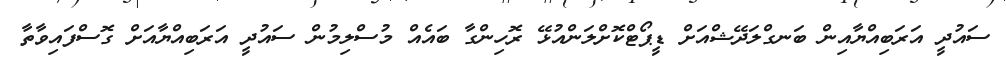
ސައުދީ އަރަބިއްޔާއިން ބަނގްލަދޭޝްއަށް ޑީޕޯޓްކޮށްލަންއުޅޭ ރޮހިންގާ ބައެއް މުސްލިމުން ސައުދީ އަރަބިއްޔާއަށް ގޮސްފައިވާތާ